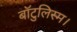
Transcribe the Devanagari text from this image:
बॉटुलिस्म।